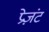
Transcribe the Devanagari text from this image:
प्रेज़ंट